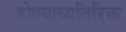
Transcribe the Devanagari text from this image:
होण्याव्यतिरिक्त